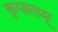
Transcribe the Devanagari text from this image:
कृपालम्